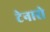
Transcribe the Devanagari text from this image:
टेनारो